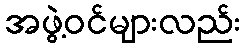
အဖွဲ့ဝင်များလည်း